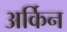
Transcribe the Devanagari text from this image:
अर्किन